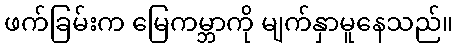
ဖက်ခြမ်းက မြေကမ္ဘာကို မျက်နှာမူနေသည်။